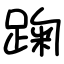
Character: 踘